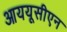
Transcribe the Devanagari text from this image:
आययूसीएन